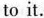
to it.